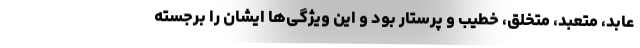
عابد، متعبد، متخلق، خطیب و پرستار بود و این ویژگی‌ها ایشان را برجسته